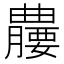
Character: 𪱘